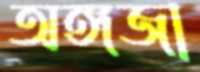
অঙ্গজা